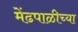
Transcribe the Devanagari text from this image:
मेंढपाळीच्या